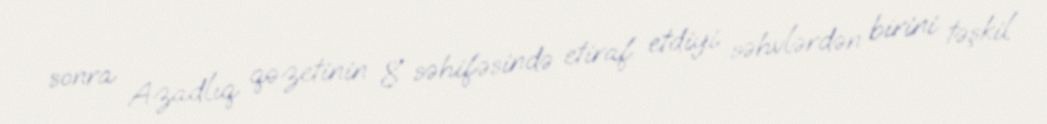
sonra Azadlıq qəzetinin 8 səhifəsində etiraf etdiyi səhvlərdən birini təşkil